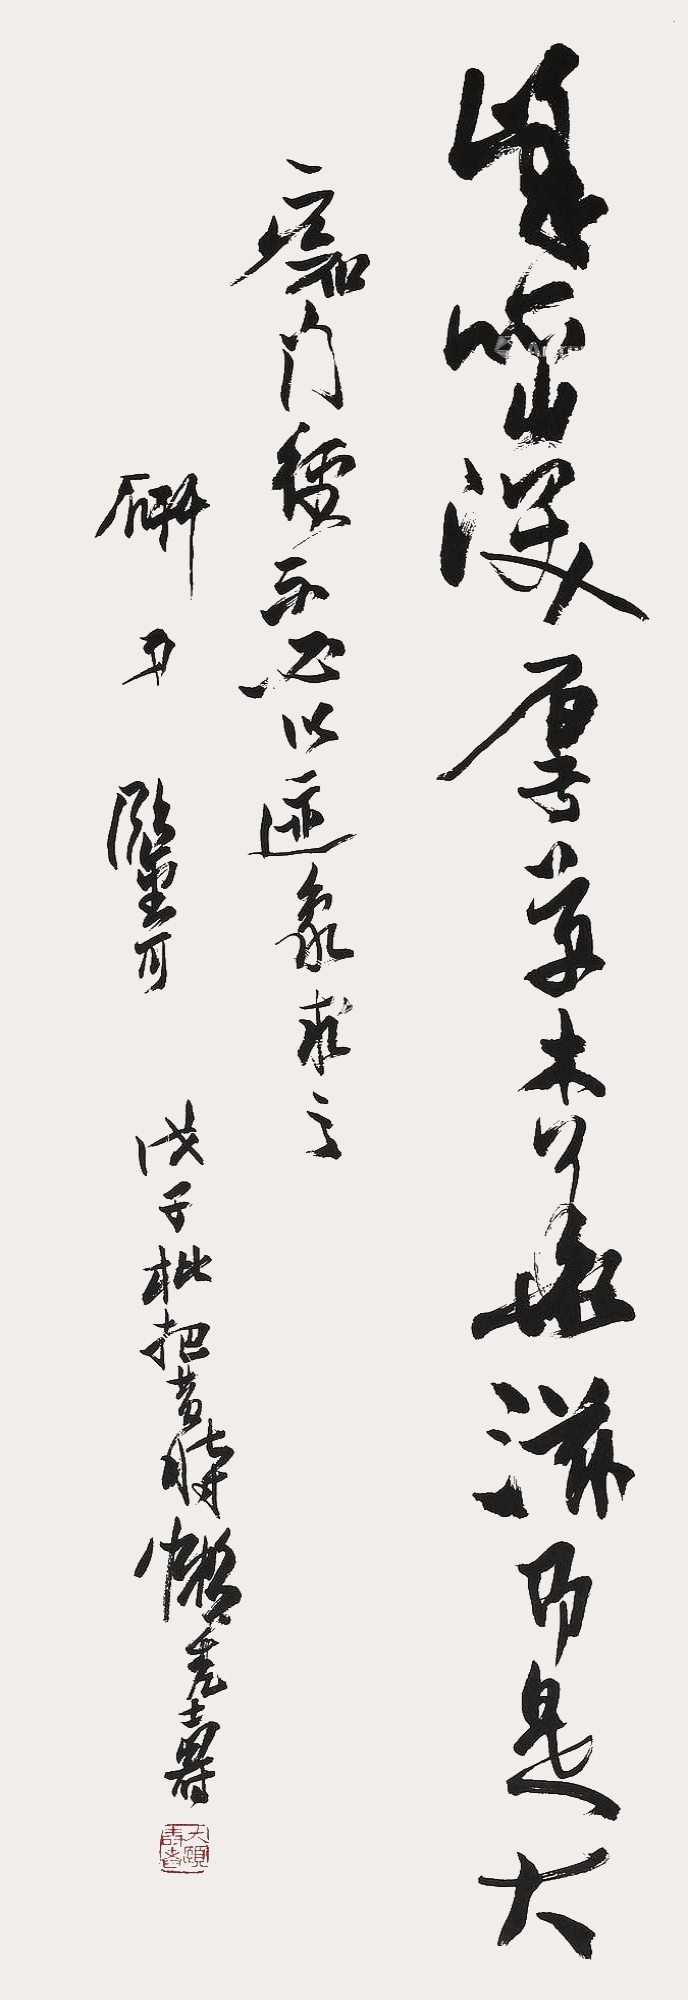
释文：峰峦深厚，草木华滋，即是大痴门径，不必以迹象求之。研弟鉴可，戊子枇杷黄时懒秃寿。